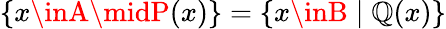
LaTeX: \{ x\inA\midP(x)\} =\{ x\inB\mid\mathbb{Q}(x)\}